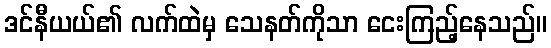
ဒင်နီယယ်၏ လက်ထဲမှ သေနတ်ကိုသာ ငေးကြည့်နေသည်။